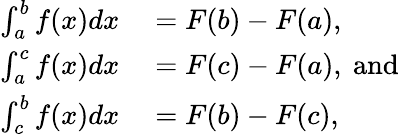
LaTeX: \begin{array}{rl}{\int_{a}^{b}f(x)dx}&{{}=F(b)-F(a),}\\ {\int_{a}^{c}f(x)dx}&{{}=F(c)-F(a),{\mathrm{~and~}}}\\ {\int_{c}^{b}f(x)dx}&{{}=F(b)-F(c),}\end{array}